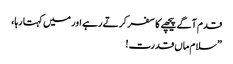
قدم آگے پیچھے کا سفر کرتے رہے اور میں کہتا رہا،
”سلام ماں قدرت !